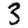
Digit: 3